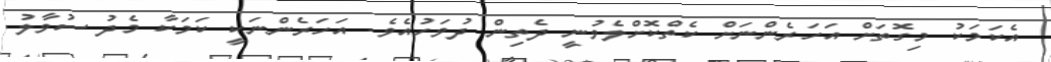
އެކަމަކު މިގޮތަށް އަަހަރެންނަށް ކެތްކޮށްލެވުނީ ދެތިން ދުވަހުއެވެ. އަހަރެންނަކީ ކަމަކާ މެދު ސުވާލު